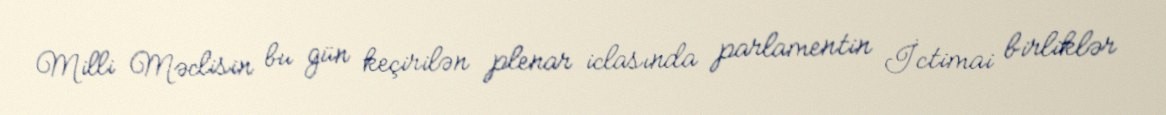
Milli Məclisin bu gün keçirilən plenar iclasında parlamentin İctimai birliklər